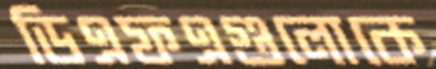
ডিএফএগুলোকে